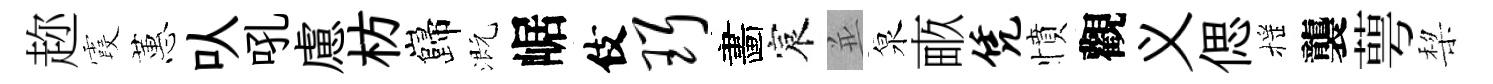
趂霞蕙㕥吼慮枋巋溉崌伎珥畵宸並泉畞凭憤觀义偲摇襲萼棃